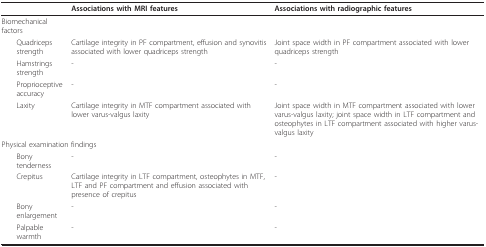
<table><thead><tr><td></td><td><b>Associations with MRI features</b></td><td><b>Associations with radiographic features</b></td></tr></thead><tbody><tr><td>Biomechanical factors</td><td></td><td></td></tr><tr><td> Quadriceps strength</td><td>Cartilage integrity in PF compartment, effusion and synovitis associated with lower quadriceps strength</td><td>Joint space width in PF compartment associated with lower quadriceps strength</td></tr><tr><td> Hamstrings strength</td><td>-</td><td>-</td></tr><tr><td> Proprioceptive accuracy</td><td>-</td><td>-</td></tr><tr><td> Laxity</td><td>Cartilage integrity in MTF compartment associated with lower varus-valgus laxity</td><td>Joint space width in MTF compartment associated with lower varus-valgus laxity; joint space width in LTF compartment and osteophytes in LTF compartment associated with higher varus-valgus laxity</td></tr><tr><td colspan="2">Physical examination findings</td><td></td></tr><tr><td> Bony tenderness</td><td>-</td><td>-</td></tr><tr><td> Crepitus</td><td>Cartilage integrity in LTF compartment, osteophytes in MTF, LTF and PF compartment and effusion associated with presence of crepitus</td><td>-</td></tr><tr><td> Bony enlargement</td><td>-</td><td>-</td></tr><tr><td> Palpable warmth</td><td>-</td><td>-</td></tr></tbody></table>